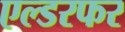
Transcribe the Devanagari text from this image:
एल्डरफर